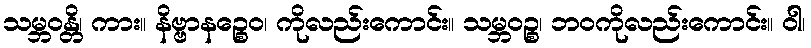
သမ္ဘဝန္တိ၊ ကား။ နိဗ္ဗာနဉ္စေဝ၊ ကိုလည်းကောင်း။ သမ္ဘဝဉ္စ၊ ဘဝကိုလည်းကောင်း။ ဝါ၊